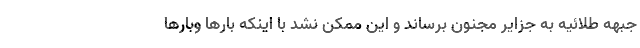
جبهه طلائیه به جزایر مجنون برساند و این ممکن نشد با اینکه بارها وبارها